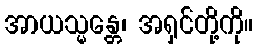
အာယသ္မန္တေ၊ အရှင်တို့ကို။